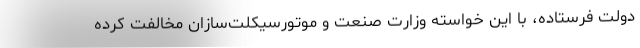
دولت فرستاده، با این خواسته وزارت صنعت و موتورسیکلت‌سازان مخالفت کرده